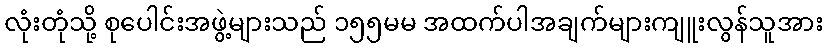
လုံးတုံသို့ စုပေါင်းအဖွဲ့များသည် ၁၅၅မမ အထက်ပါအချက်များကျူးလွန်သူအား